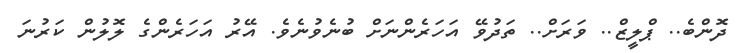
ދޮންބެ.. ޕްލީޒް.. ވަރަށް.. ތަދުވޭ އަހަރެންނަށް ބުނެވުނެވެ. އޭރު އަހަރެންގެ ލޮލުން ކަރުނަ